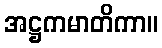
အဋ္ဌကမာတိကာ။